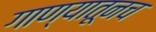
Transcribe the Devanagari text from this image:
गाण्यातूनच